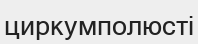
циркумполюсті